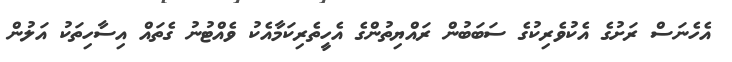
އެހެނަސް ރަށުގެ އެކުވެރިކުގެ ސަބަބުން ރައްޔިތުންގެ އެހީތެރިކަމާއެކު ވެއްޓުނު ގެތައް އިސާހިތަކު އަލުން